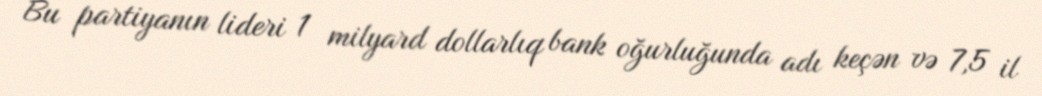
Bu partiyanın lideri 1 milyard dollarlıq bank oğurluğunda adı keçən və 7,5 il